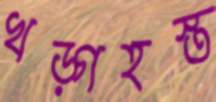
খড়্গহস্ত